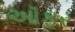
ઑફર